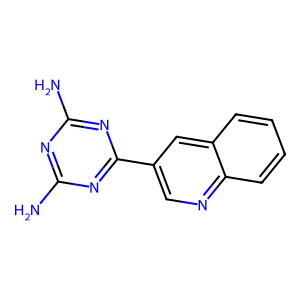
SMILES: Nc1nc(N)nc(-c2cnc3ccccc3c2)n1
Inhibits HIV replication: No